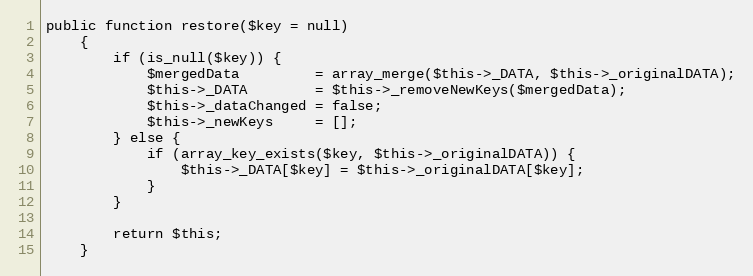
Language: PHP
public function restore($key = null)
    {
        if (is_null($key)) {
            $mergedData         = array_merge($this->_DATA, $this->_originalDATA);
            $this->_DATA        = $this->_removeNewKeys($mergedData);
            $this->_dataChanged = false;
            $this->_newKeys     = [];
        } else {
            if (array_key_exists($key, $this->_originalDATA)) {
                $this->_DATA[$key] = $this->_originalDATA[$key];
            }
        }

        return $this;
    }